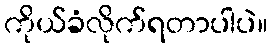
ကိုယ်ခံလိုက်ရတာပါပဲ။